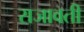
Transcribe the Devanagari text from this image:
राजावती